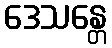
ဒေသန္တေ